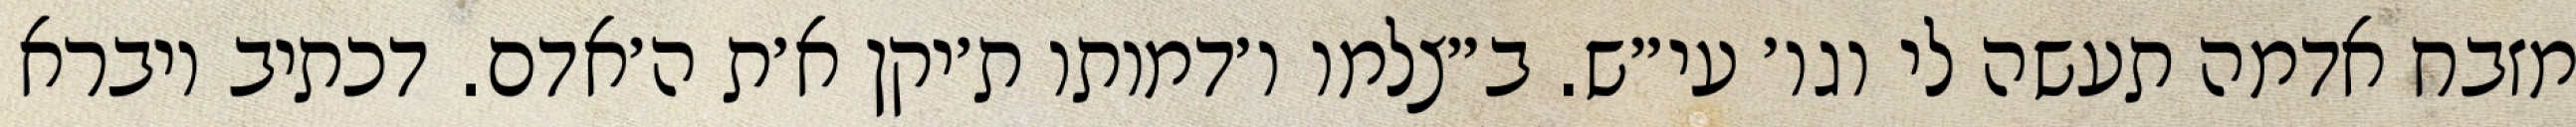
מזבח אדמה תעשה לי וגו׳ עי״ש. ב״צלמו ו׳דמותו ת׳יקן א׳ת ה׳אדם. דכתיב ויברא